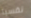
نفسيا